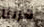
هربنا